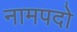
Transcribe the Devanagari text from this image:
नामपदो